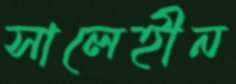
সালেহীন